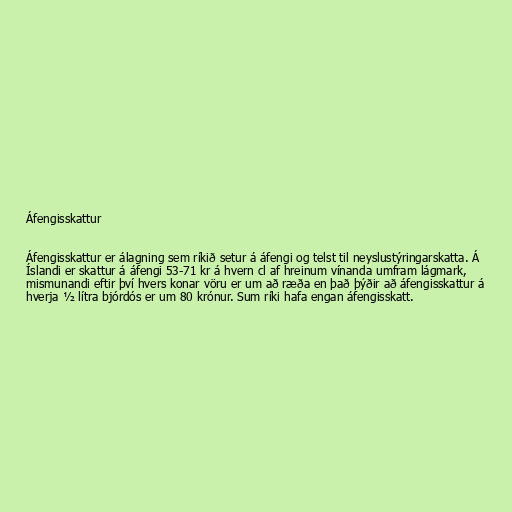
Áfengisskattur

Áfengisskattur er álagning sem ríkið setur á áfengi og telst til neyslustýringarskatta. Á
Íslandi er skattur á áfengi 53-71 kr á hvern cl af hreinum vínanda umfram lágmark,
mismunandi eftir því hvers konar vöru er um að ræða en það þýðir að áfengisskattur á
hverja ½ lítra bjórdós er um 80 krónur. Sum ríki hafa engan áfengisskatt.